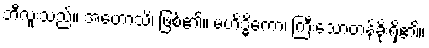
ဘီလူးသည်။ အဟောသိ၊ ဖြစ်၏။ မဟိဒ္ဓိကော၊ ကြီးသောတန်ခိုးရှိ၏။